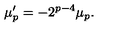
\mu _ { p } ^ { \prime } = - 2 ^ { p - 4 } \mu _ { p } .